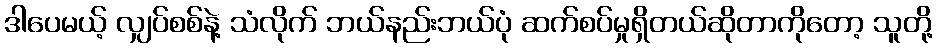
ဒါပေမယ့် လျှပ်စစ်နဲ့ သံလိုက် ဘယ်နည်းဘယ်ပုံ ဆက်စပ်မှုရှိတယ်ဆိုတာကိုတော့ သူတို့